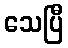
သေပြီ